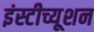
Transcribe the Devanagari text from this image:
इंस्टीच्यूशन